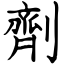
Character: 劑